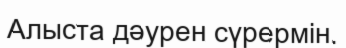
Алыста дәурен сүрермін.